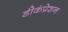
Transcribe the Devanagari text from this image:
डीकंप्रेशन